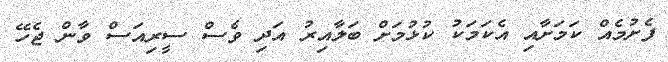
ފެށުމެއް ކަމަށާއި އެކަމަކު ކުޅުމަށް ބަލާއިރު އަދި ވެސް ސީރިއަސް ވާން ޖެހޭ